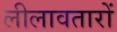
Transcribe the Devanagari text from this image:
लीलावतारों